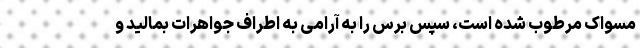
مسواک مرطوب شده است، سپس برس را به آرامی به اطراف جواهرات بمالید و